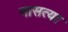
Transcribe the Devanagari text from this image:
नासत्या